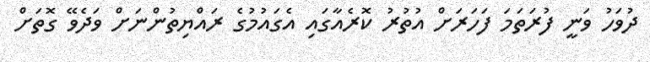
ދުވަހު ވަނީ ފުރަތަމަ ފަހަރަށް އުތުރު ކޮރެއާގައި އެގައުމުގެ ރައްޔިތުންނަށް ވަދެވޭ ގޮތަށް